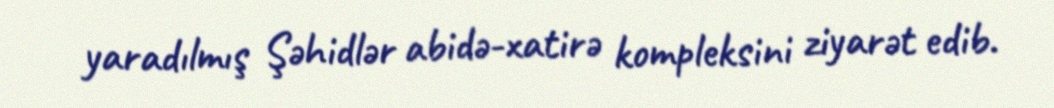
yaradılmış Şəhidlər abidə-xatirə kompleksini ziyarət edib.